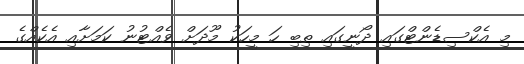
މި އެކްސިޑެންޓްގައި ދޯނީގައި ތިބި ހަ މީހަކު މޫދަށް ވެއްޓުނު ކަމަށާއި އެކެއްގެ